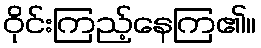
ဝိုင်းကြည့်နေကြ၏။